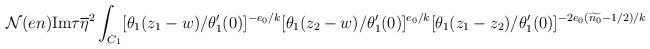
LaTeX: \begin{align*}{\cal N}(en)\mbox{Im}\tau\overline{\eta}^{2}\int_{C_{1}} [\theta_{1}(z_{1}-w)/\theta'_{1}(0)]^{-e_{0}/k}[\theta_{1}(z_{2}-w)/\theta'_{1}(0)]^{e_{0}/k}[\theta_{1}(z_{1}-z_{2})/\theta'_{1}(0)]^{-2e_{0}(\widetilde{n_{0}}-1/2)/k}\end{align*}